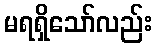
မရရှိသော်လည်း